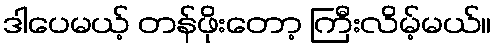
ဒါပေမယ့် တန်ဖိုးတော့ ကြီးလိမ့်မယ်။